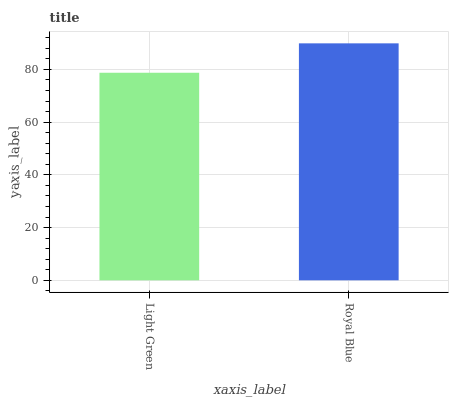
| xaxis_label | bars |
 | --- | --- |
 | Light Green | 78.7 |
 | Royal Blue | 89.9 |